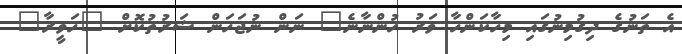
އެ ތަނުގެ ދިގުމިނުގައި މިހާކަންހާ ވަރު ހުންނާނެ" ނަން ނުޖަހަން ޝަރުތުކޮށް "ހަވީރާ"